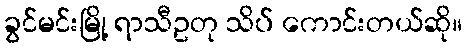
ခွင်မင်းမြို့ ရာသီဥတု သိပ် ကောင်းတယ်ဆို။